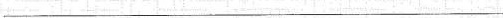
___